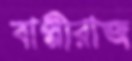
বাপ্পীরাজ